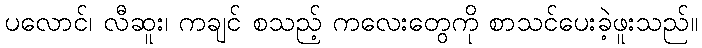
ပလောင်၊ လီဆူး၊ ကချင် စသည့် ကလေးတွေကို စာသင်ပေးခဲ့ဖူးသည်။